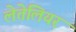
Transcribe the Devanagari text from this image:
लेतेलियर